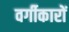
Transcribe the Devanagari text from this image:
वर्गीकारों